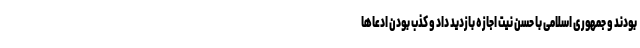
بودند و جمهوری اسلامی با حسن نیت اجازه بازدید داد و کذب بودن ادعاها